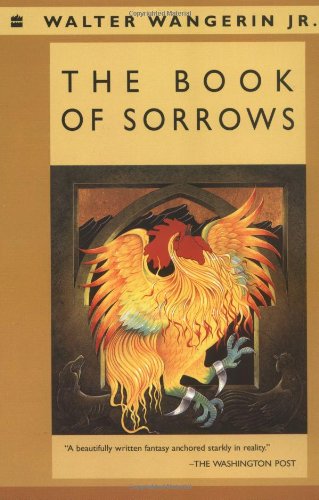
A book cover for The Book of Sorrows; Walter Wangerin Jr.; Christian Books & Bibles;